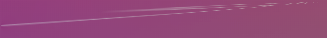
SPEED LIMIT 60